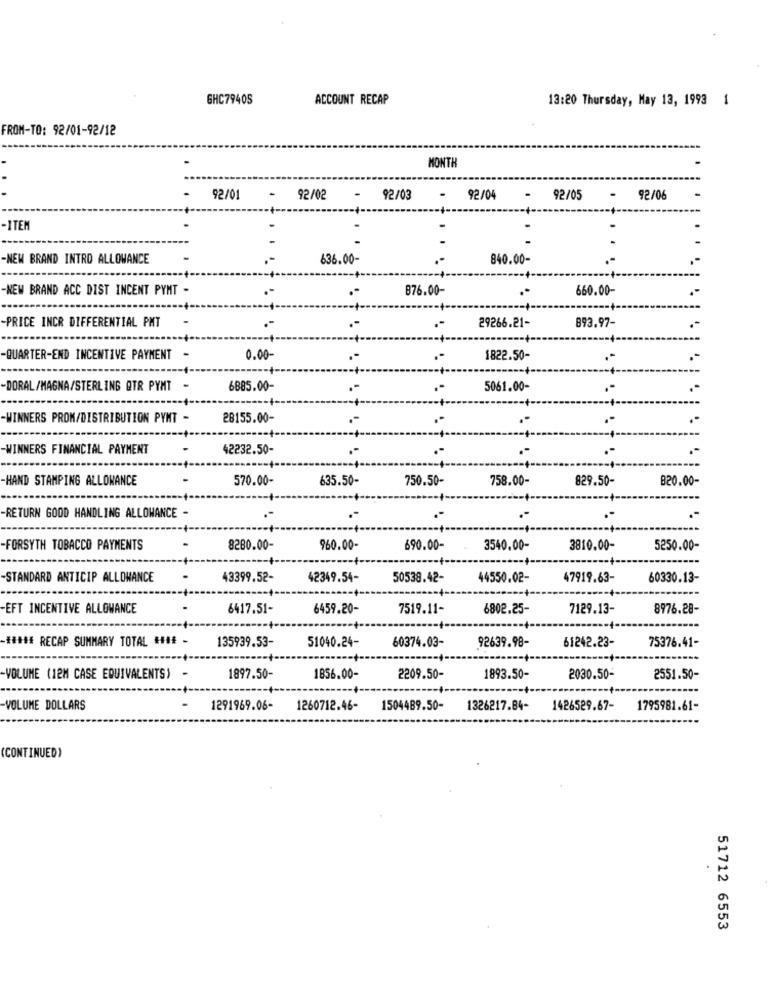
GHC7940S
ACCOUNT RECAP
13:20 Thursday, May 13, 1993 1
FROM-TO: 92/01-92/12
MONTH
-
92/01
92/02
-
92/03
.
92/04
92/05
92/06
-ITEM
-NEW BRAND INTRO ALLOWANCE
636.00-
840.00-
NEW BRAND ACC DIST INCENT PYMT -
B76.00-
.*
660.00-
-
.-
-PRICE INCR DIFFERENTIAL PMT
.-
29266.21-
893.97-
-QUARTER-END INCENTIVE PAYMENT -
0.00
.-
1822.50-
-DORAL/MAGNA/STERLING QTR PYMT -
6885.00-
5061.00-
-WINNERS PROM/DISTRIBUTION PYNT -
28155.00-
.-
..
--- +-
WINNERS FINANCIAL PAYMENT
-
42232.50-
.-
.-
.-
-- +-
HAND STAMPING ALLOWANCE
570.00-
635.50-
750.50-
758.00-
829.50-
B20.00-
-RETURN GOOD HANDLING ALLOWANCE -
.
.-
FORSYTH TOBACCO PAYMENTS
8280.00-
960.00-
690.00-
3540.00-
3810.00-
5250.00-
-STANDARD ANTICIP ALLOWANCE
43399.52-
42349.54-
50538.42-
44550.02-
47919.63-
60330.13-
-EFT INCENTIVE ALLOWANCE
6417.51-
6459.20-
7519.11-
6802.25-
7129.13-
8976.28-
##### RECAP SUMMARY TOTAL #### -
135939.53-
51040.24-
60374.03-
92639.98-
75376.41-
61242.23-
VOLUME (12M CASE EQUIVALENTS) -
1897.50-
1856.00-
2209.50-
1893.50-
2030.50-
2551.50-
VOLUME DOLLARS
1291969.06-
1260712.46-
1504489.50-
1326217.84-
1426529.67-
1795981.61-
(CONTINUED)
51712 6553